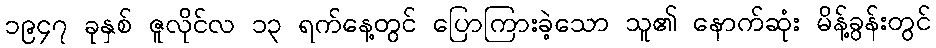
၁၉၄၇ ခုနှစ် ဇူလိုင်လ ၁၃ ရက်နေ့တွင် ပြောကြားခဲ့သော သူ၏ နောက်ဆုံး မိန့်ခွန်းတွင်